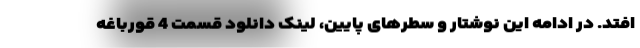
افتد. در ادامه این نوشتار و سطرهای پایین، لینک دانلود قسمت 4 قورباغه